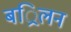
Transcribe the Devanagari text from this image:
बर्िलन